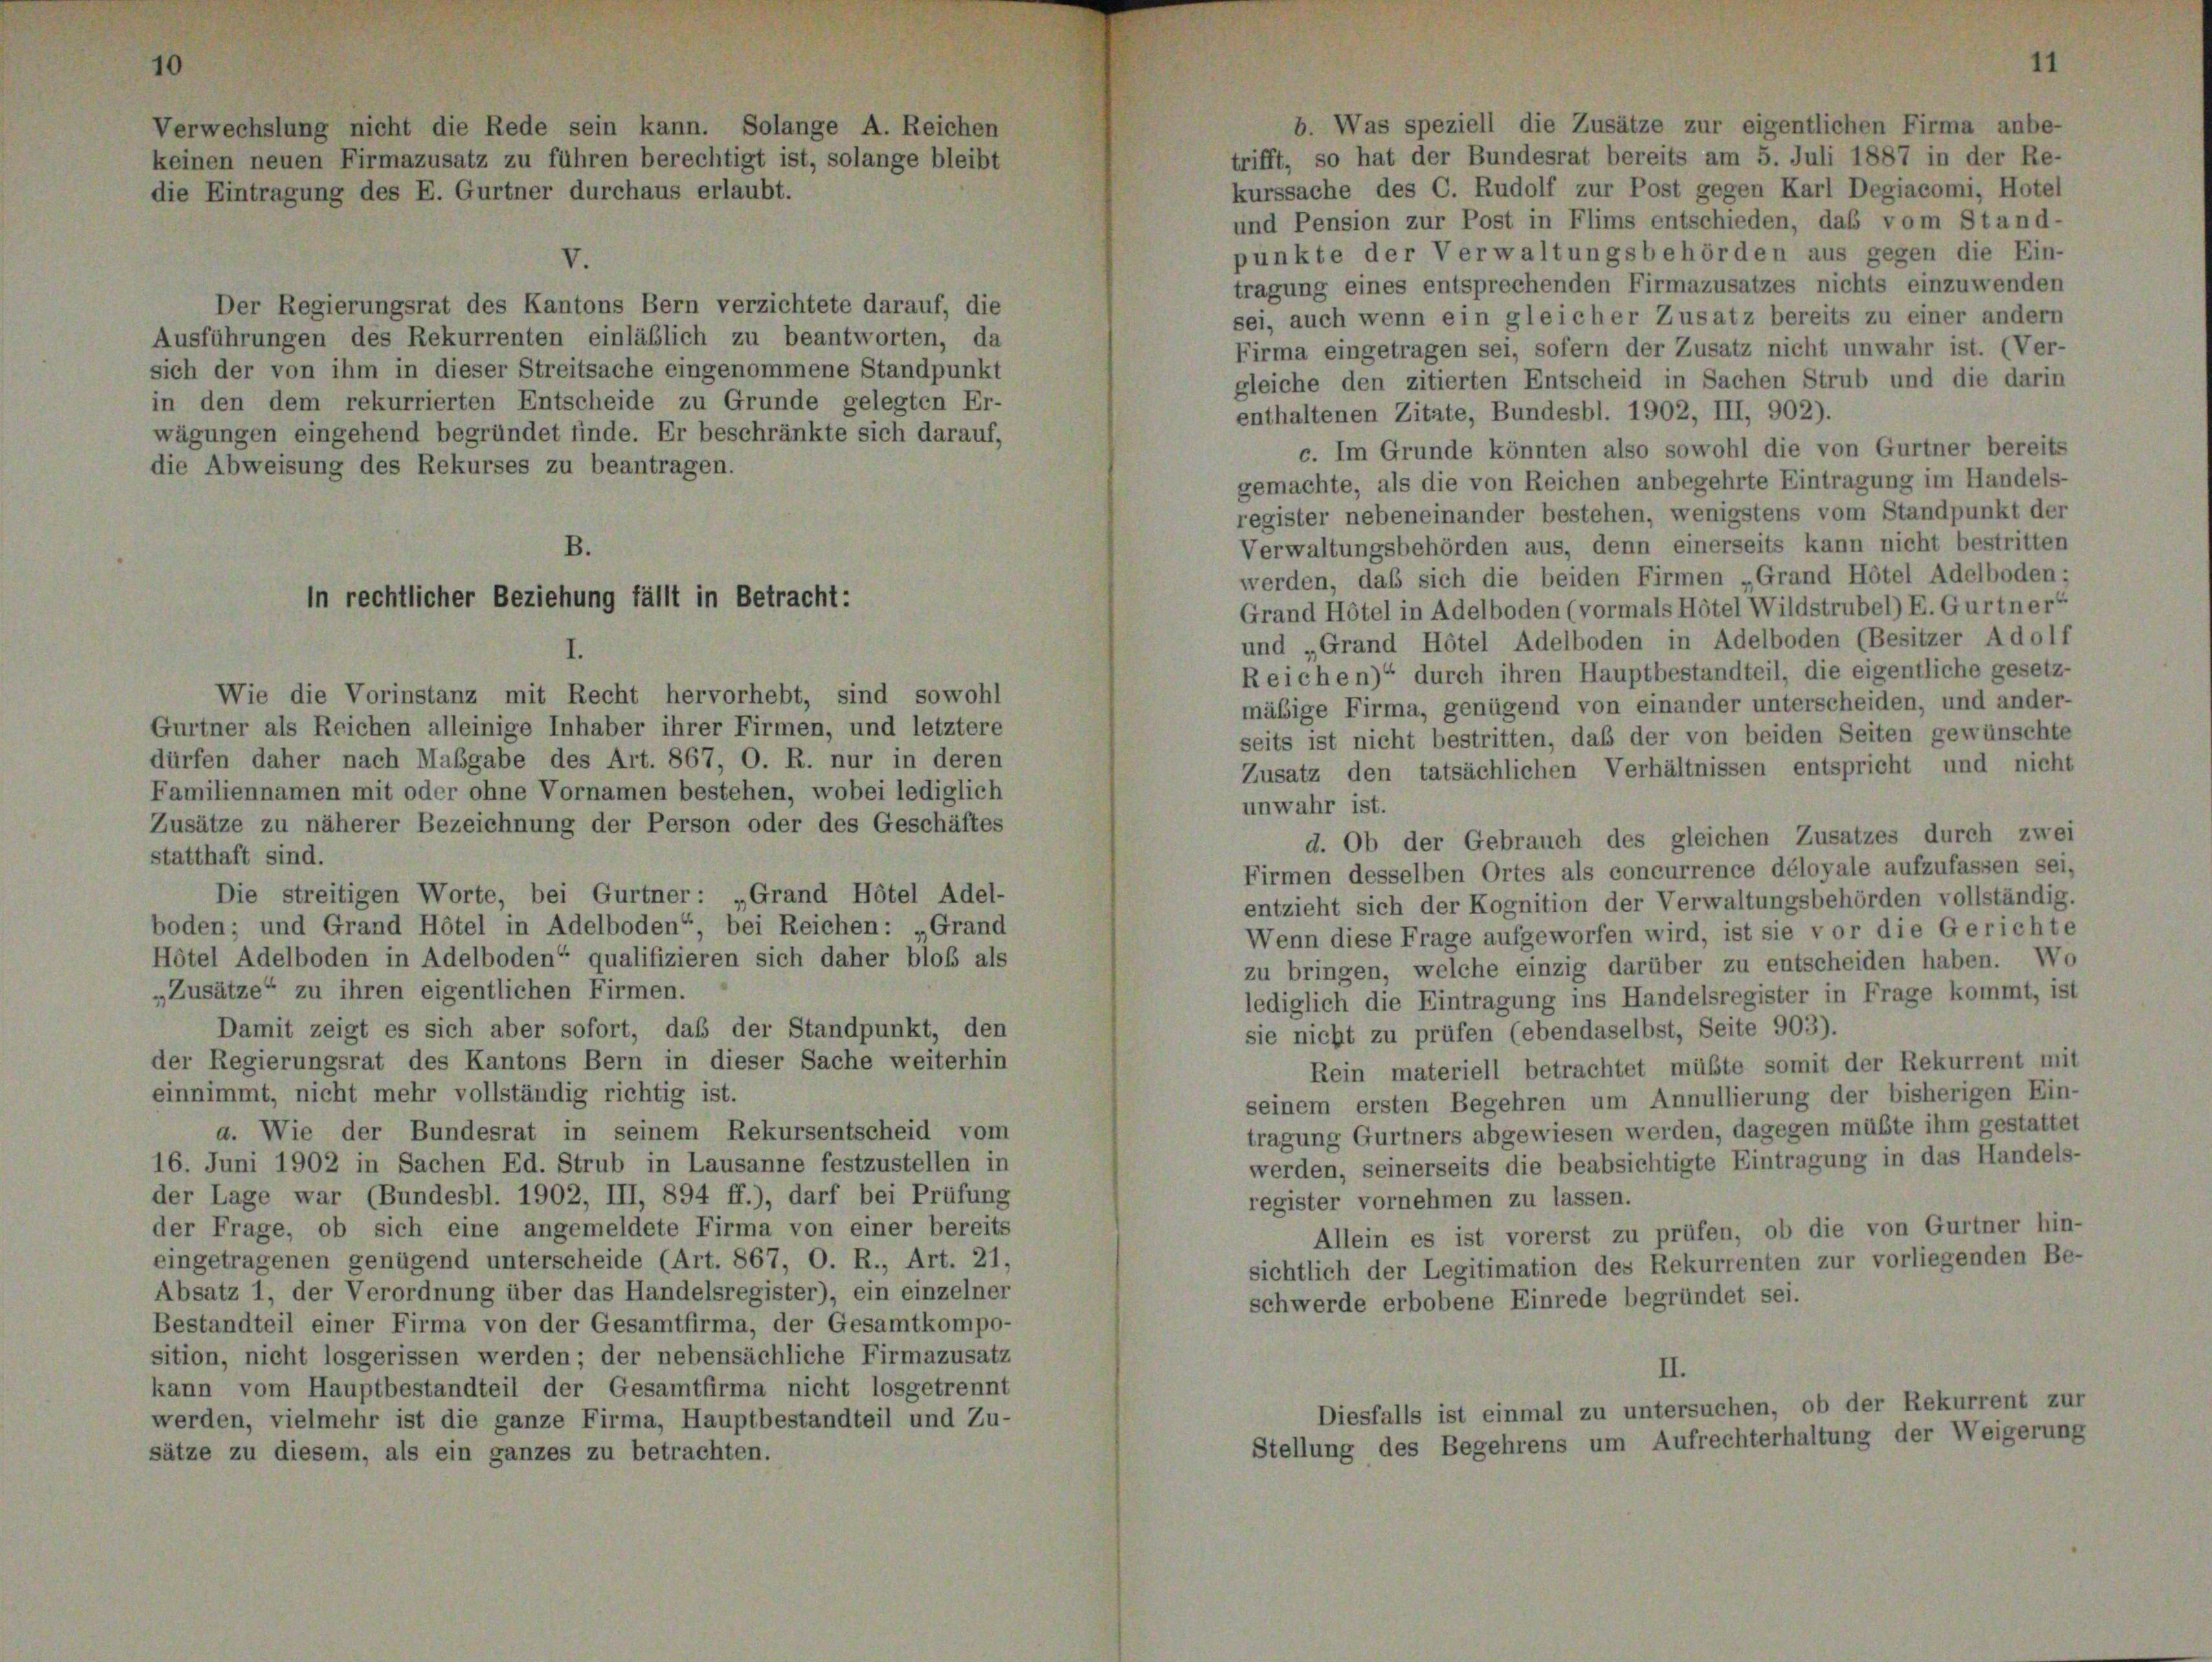
Firs

Zusatz

irungen des Rekurrenten einläßlich zu beantworten, da
er von ihm in dieser Streitsache eingenommene Standpunkt
n dem rekurrierten Entscheide zu Grunde gelegten Er-
igen eingehend begründet finde. Er beschränkte sich darauf,
bweisung des Rekurses zu beantragen.

sein kann. Solange A. Rei
zu führen berechtigt ist, solange E

is Bei

1 verzichtete darauf, die

Wie die Vorinstanz mit Recht hervorhebt, sind sowohl
Gurtner als Reichen alleinige Inhaber ihrer Firmen, und letztere
dürfen daher nach Maßgabe des Art. 867, O. R. nur in deren
Familiennamen mit oder ohne Vornamen bestehen, wobei lediglich
Zusätze zu näherer Bezeichnung der Person oder des Geschäftes
statthaft sind.
Die streitigen Worte, bei Gurtner: „Grand Hôtel Adel-
boden; und Grand Hôtel in Adelboden“ bei Reichen: „Grand
Hôtel Adelboden in Adelboden“ qualifizieren sich daher bloß als
„Zusätze“ zu ihren eigentlichen Firmen.
Damit zeigt es sich aber sofort, daß der Standpunkt, den
der Regierungsrat des Kantons Bern in dieser Sache weiterhin
einnimmt, nicht mehr vollständig richtig ist.
d. Wie der Bundesrat in seinem Rekursentscheid vom
16. Juni 1902 in Sachen Ed. Strub in Lausanne festzustellen in
der Lage war (Bundesbl. 1902, III, 894 ff.), darf bei Prüfung
der Frage, ob sich eine angemeldete Firma von einer bereits
eingetragenen genügend unterscheide (Art. 867, O. R., Art. 21,
Absatz 1, der Verordnung über das Handelsregister), ein einzelner
Bestandteil einer Firma von der Gesamtfirma, der Gesamtkompo-
sition, nicht losgerissen werden; der nebensächliche Firmazusatz
kann vom Hauptbestandteil der Gesamtfirma nicht losgetrennt
werden, vielmehr ist die ganze Firma, Hauptbestandteil und Zu-
sätze zu diesem, als ein ganzes zu betrachten.

b. Was speziell die Zusätze zur eigentlichen Firma anbe-
trifft, so hat der Bundesrat bereits am 5. Juli 1887 in der Re-
kurssache des C. Rudolf zur Post gegen Karl Degiacomi, Hotel
und Pension zur Post in Flims entschieden, daß vom Stand-
punkte der Verwaltungsbehörden aus gegen die Ein-
tragung eines entsprechenden Firmazusatzes nichts einzuwenden
sei, auch wenn ein gleicher Zusatz bereits zu einer andern
Firma eingetragen sei, sofern der Zusatz nicht unwahr ist. (Ver-
gleiche den zitierten Entscheid in Sachen Strub und die darin
enthaltenen Zitate, Bundesbl. 1902, III, 902).
c. Im Grunde könnten also sowohl die von Gurtner bereits
gemachte, als die von Reichen anbegehrte Eintragung im Handels-
register nebeneinander bestehen, wenigstens vom Standpunkt der
Verwaltungsbehörden aus, denn einerseits kann nicht bestritten
werden, das sich die beiden Firmen „Grand Hôtel Adelboden;
Grand Hotel in Adelboden (vormals Hôtel Wildstrubel) E. Gurtner“
und „Grand Hôtel Adelboden in Adelboden (Besitzer Adolf
Reichen) durch ihren Hauptbestandteil, die eigentliche gesetz-
mäßige Firma, genügend von einander unterscheiden, und ander-
seits ist nicht bestritten, daß der von beiden Seiten gewünschte
Zusatz den tatsächlichen Verhältnissen entspricht und nicht
unwahr ist.
d. Ob der Gebrauch des gleichen Zusatzes durch zwei
Firmen desselben Ortes als concurrence déloyale aufzufassen sei,
entzieht sich der Kognition der Verwaltungsbehörden vollständig.
Wenn diese Frage aufgeworfen wird, ist sie vor die Gerichte
zu bringen, welche einzig darüber zu entscheiden haben. Wo
lediglich die Eintragung ins Handelsregister in Frage kommt, ist
sie nicht zu prüfen (ebendaselbst, Seite 903).
Rein materiell betrachtet müßte somit der Rekurrent mit
seinem ersten Begehren um Annullierung der bisherigen Ein-
tragung Gurtners abgewiesen werden, dagegen müßte ihm gestattet
werden, seinerseits die beabsichtigte Eintragung in das Handels-
register vornehmen zu lassen.
Allein es ist vorerst zu prüfen, ob die von Gurtner hin-
sichtlich der Legitimation des Rekurrenten zur vorliegenden Be-
schwerde erbobene Einrede begründet sei.

Diesfalls ist einmal zu untersuchen, ob der Rekurre
Stellung des Begehrens um Aufrechterhal